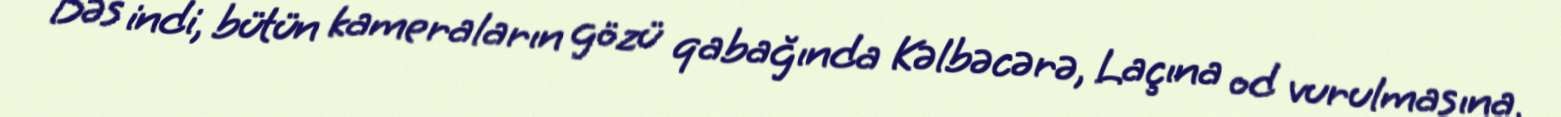
Bəs indi, bütün kameraların gözü qabağında Kəlbəcərə, Laçına od vurulmasına,